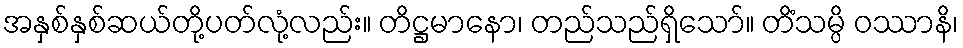
အနှစ်နှစ်ဆယ်တို့ပတ်လုံ့လည်း။ တိဋ္ဌမာနော၊ တည်သည်ရှိသော်။ တိံသမ္ပိ ဝဿာနိ၊